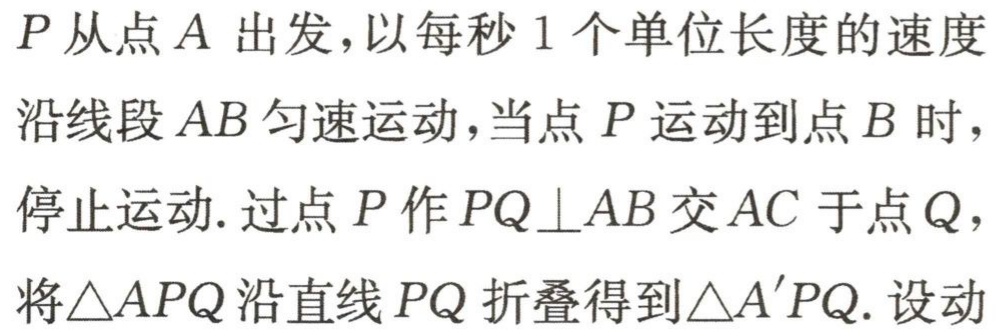
$P$从点$A$出发，以每秒$1$个单位长度的速度
沿线段$AB$匀速运动，当点$P$运动到点$B$时，
停止运动. 过点$P$作$PQ\perp AB$交$AC$于点$Q$，
将$\triangle APQ$沿直线$PQ$折叠得到$\triangle A'PQ$. 设动